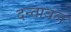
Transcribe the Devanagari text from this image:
दन्तावल